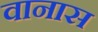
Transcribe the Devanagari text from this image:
वानास